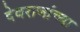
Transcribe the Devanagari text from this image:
देवराजांच्या